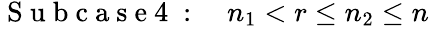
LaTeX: \begin{array}{r}{\mathrm{~S~u~b~c~a~s~e~4~}:\quad n_{1}<r\leq n_{2}\leq n}\end{array}